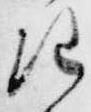
注